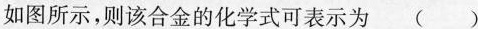
如图所示，则该合金的化学式可表示为()